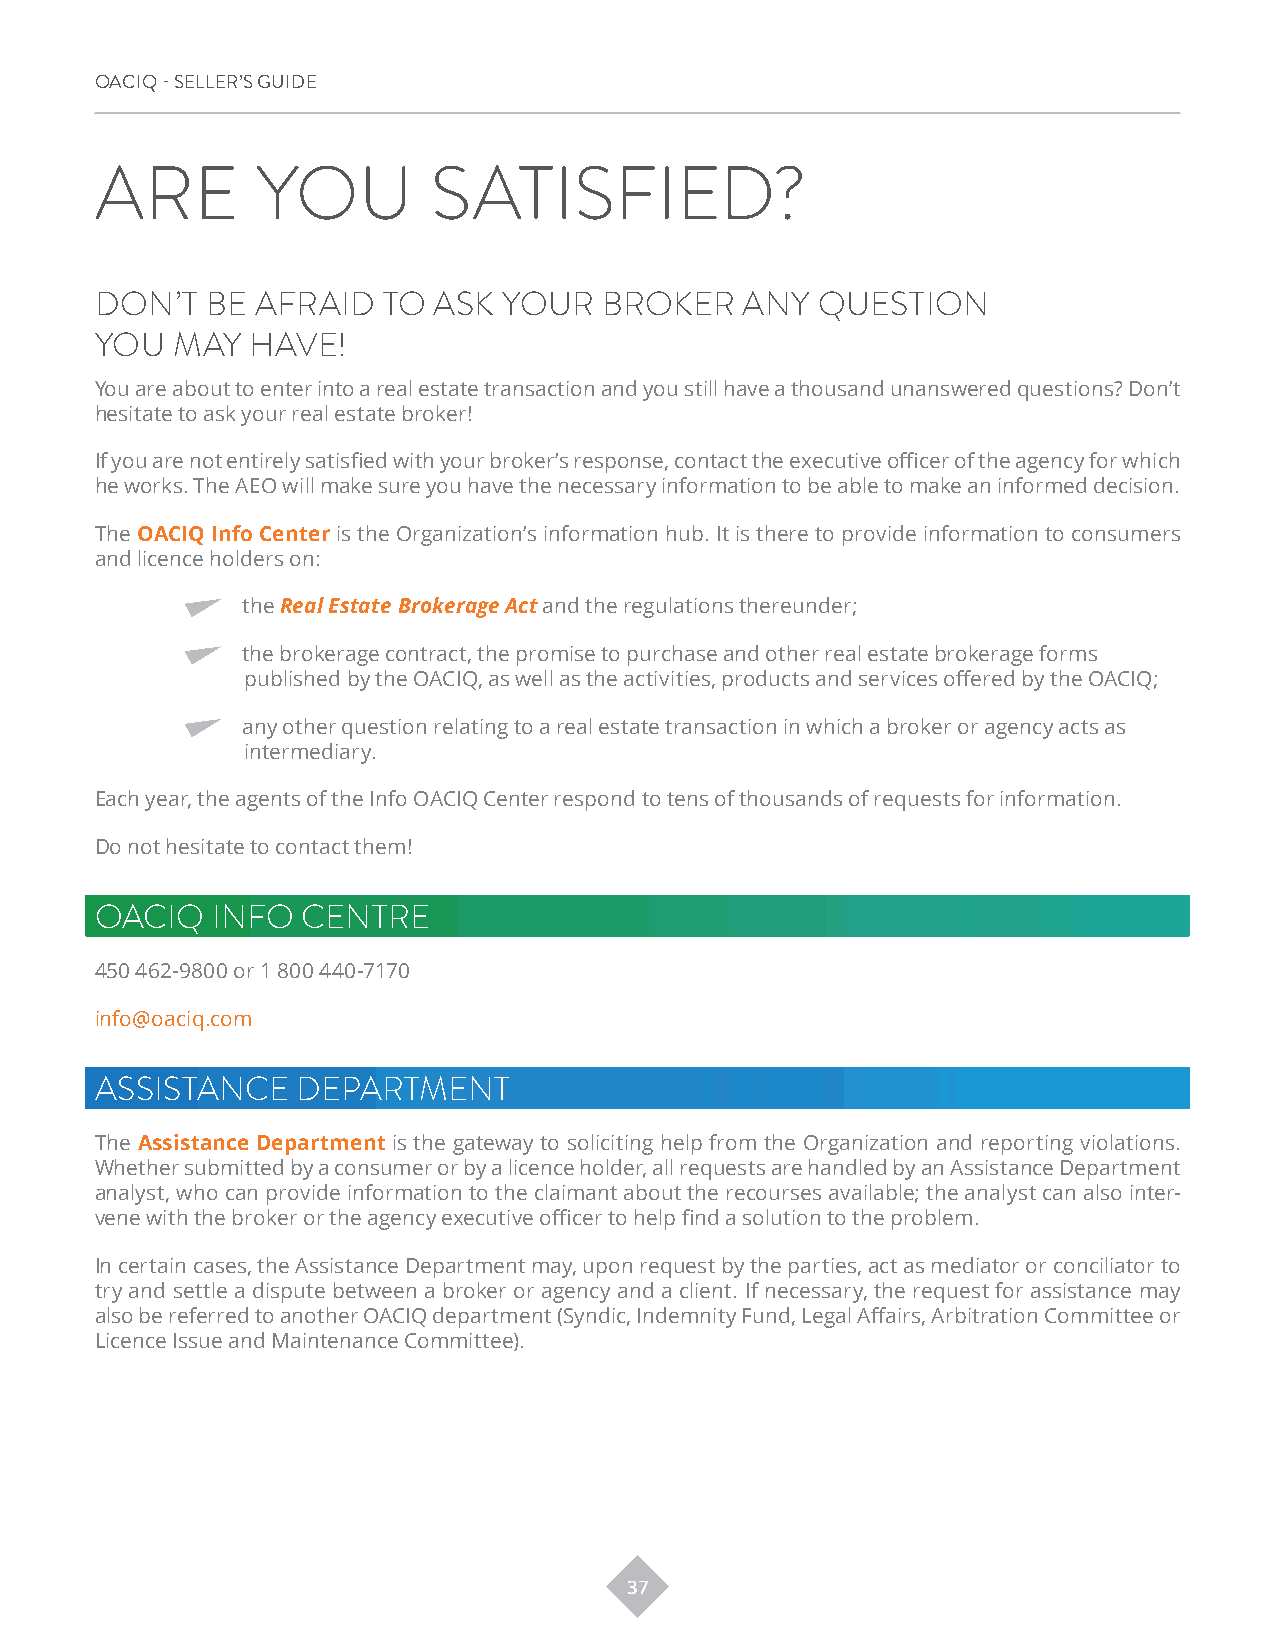
OACIQ - SELLER’S GUIDE
 ARE        YOU         SATISFIED?
 DON’T   BE AFRAID  TO  ASK YOUR   BROKER   ANY  QUESTION
 YOU  MAY   HAVE!
 You are about to enter into a real estate transaction and you still have a thousand unanswered questions? Don’t
 hesitate to ask your real estate broker!
 If you are not entirely satisfied with your broker’s response, contact the executive officer of the agency for which
 he works. The AEO will make sure you have the necessary information to be able to make an informed decision.
 The OACIQ Info Center is the Organization’s information hub. It is there to provide information to consumers
 and licence holders on:
 the Real Estate Brokerage Act and the regulations thereunder;
 the brokerage contract, the promise to purchase and other real estate brokerage forms
 published by the OACIQ, as well as the activities, products and services offered by the OACIQ;
 any other question relating to a real estate transaction in which a broker or agency acts as
 intermediary.
 Each year, the agents of the Info OACIQ Center respond to tens of thousands of requests for information.
 Do not hesitate to contact them!
 OACIQ   INFO  CENTRE
 450 462-9800 or 1 800 440-7170
 info@oaciq.com
 ASSISTANCE    DEPARTMENT
 The Assistance Department is the gateway to soliciting help from the Organization and reporting violations.
 Whether submitted by a consumer or by a licence holder, all requests are handled by an Assistance Department
 analyst, who can provide information to the claimant about the recourses available; the analyst can also inter-
 vene with the broker or the agency executive officer to help find a solution to the problem.
 In certain cases, the Assistance Department may, upon request by the parties, act as mediator or conciliator to
 try and settle a dispute between a broker or agency and a client. If necessary, the request for assistance may
 also be referred to another OACIQ department (Syndic, Indemnity Fund, Legal Affairs, Arbitration Committee or
 Licence Issue and Maintenance Committee).
 37